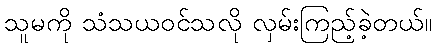
သူမကို သံသယဝင်သလို လှမ်းကြည့်ခဲ့တယ်။